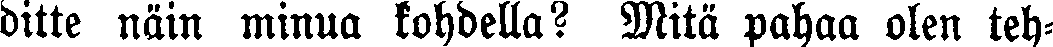
ditte näin minua kohdella? Mitä pahaa olen teh-